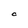
Character: C